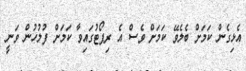
އެޅިގެން ކަމަށް ބެލެވޭ ކަމަށް ވެސް އެ ރިޕޯޓުގައިވާ ކަމަށް ފުލުހުން ވަނީ